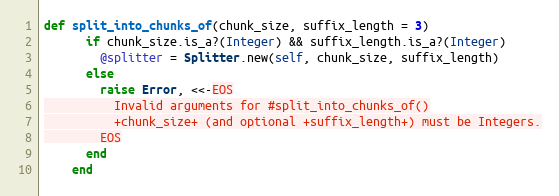
Language: Ruby
def split_into_chunks_of(chunk_size, suffix_length = 3)
      if chunk_size.is_a?(Integer) && suffix_length.is_a?(Integer)
        @splitter = Splitter.new(self, chunk_size, suffix_length)
      else
        raise Error, <<-EOS
          Invalid arguments for #split_into_chunks_of()
          +chunk_size+ (and optional +suffix_length+) must be Integers.
        EOS
      end
    end